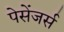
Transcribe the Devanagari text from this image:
पेसेंजर्स